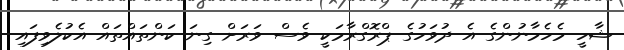
ޝާހީ މެހެމާނުންގެ އެ ދުވަހުގެ ޕްރޮގްރާމަކީ ވެސް ވަރަށް ގިނަ ކަންތައްތައް އެކުލެވިފައި